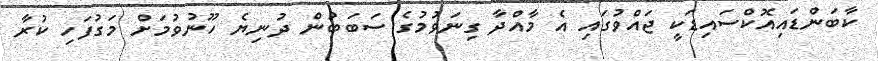
ކާބަންޑައިއޮކްސައިޑަކީ ޖައްވުގައި އެ މާއްދާ ގިނަވުމުގެ ސަބަބުން ދުނިޔެ ހޫނުވުމަށް މަގުފަހި ކުރާ